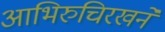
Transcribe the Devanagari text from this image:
आभिरुचिरखने